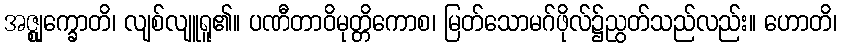
အဇ္ဈုက္ခောတိ၊ လျစ်လျူရူ၏။ ပဏီတာဝိမုတ္တိကောစ၊ မြတ်သောမဂ်ဖိုလ်၌ညွတ်သည်လည်း။ ဟောတိ၊